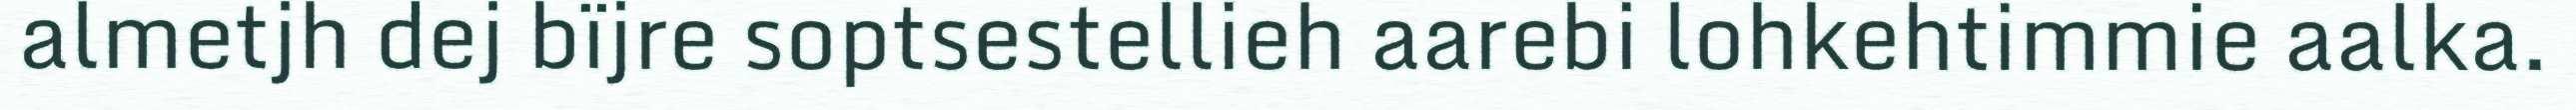
almetjh dej bïjre soptsestellieh aarebi lohkehtimmie aalka.